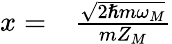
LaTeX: \begin{array}{rl}{x=}&{{}\frac{\sqrt{2\hslash m\omega_{M}}}{mZ_{M}}}\end{array}